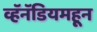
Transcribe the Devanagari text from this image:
व्हॅनॅडियमहून